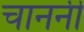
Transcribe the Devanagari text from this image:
चाननी